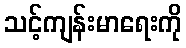
သင့်ကျန်းမာရေးကို